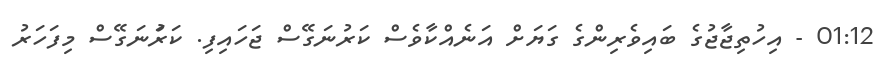
01:12 - އިހުތިޖާޖުގެ ބައިވެރިންގެ ގަޔަށް އަނެއްކާވެސް ކަރުނަގޭސް ޖަހައިފި. ކަރުަނަގޭސް މިފަހަރު